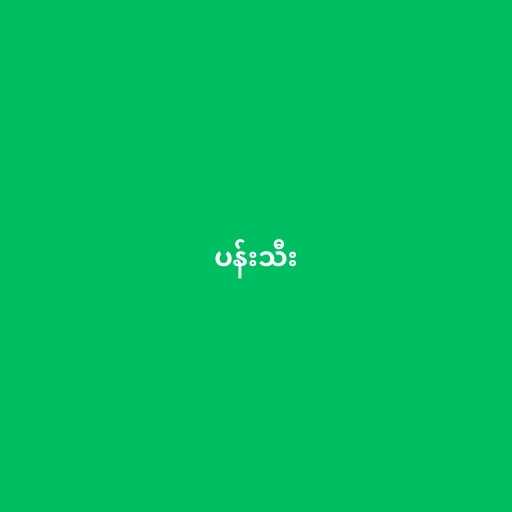
ပန်းသီး